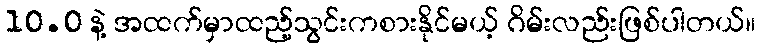
10.0 နဲ့ အထက်မှာထည့်သွင်းကစားနိုင်မယ့် ဂိမ်းလည်းဖြစ်ပါတယ်။